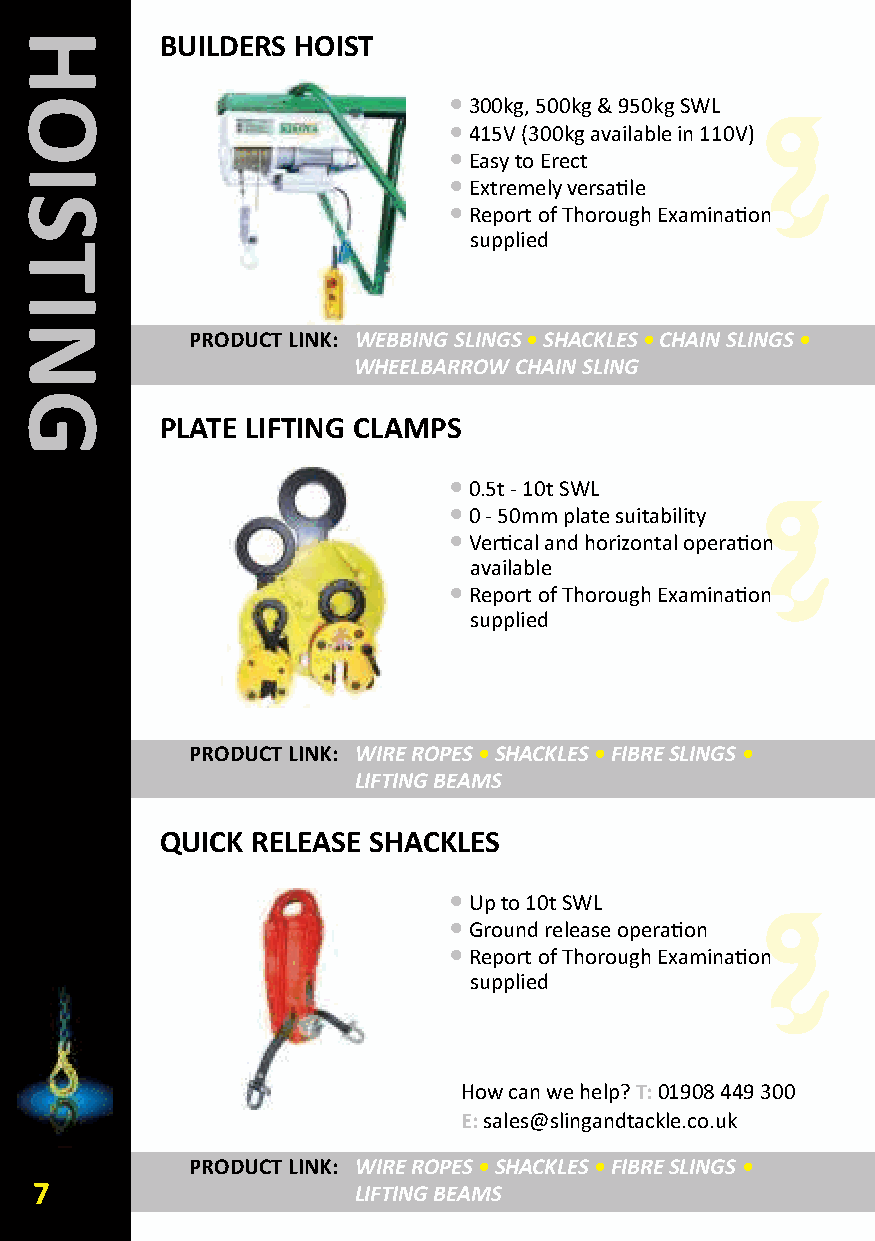
BUILDERS HOIST
 •300kg, 500kg & 950kg SWL
 •415V (300kg available in 110V)
 •Easy to Erect
 •Extremely versatile
 •Report of Thorough Examination
 supplied
 PRODUCT LINk: WEBBING SLINGS•SHACKLES•CHAIN SLINGS •
 WHEELBARROW CHAIN SLING
 PLATE LIFTING CLAMPS
 •0.5t - 10t SWL
 •0 - 50mm plate suitability
 •Vertical and horizontal operation
 available
 •Report of Thorough Examination
 supplied
 PRODUCT LINk: WIRE ROPES•SHACKLES•FIBRE SLINGS •
 LIFTING BEAMS
 QUICk RELEASE SHACkLES
 •Up to 10t SWL
 •Ground release operation
 •Report of Thorough Examination
 supplied
 How can we help? T:01908 449 300
 E:sales@slingandtackle.co.uk
 PRODUCT LINk: WIRE ROPES•SHACKLES•FIBRE SLINGS •
 7                    LIFTING BEAMS
 HOISTING